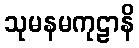
သုမနမကုဠာနိ